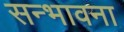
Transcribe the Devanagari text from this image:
सन्भावना